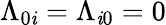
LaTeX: \Lambda_{0\mathit{i}}=\Lambda_{\mathit{i}0}=0